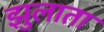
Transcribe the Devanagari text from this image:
झुलाता